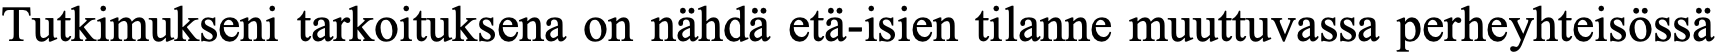
Tutkimukseni tarkoituksena on nähdä etä-isien tilanne muuttuvassa perheyhteisössä